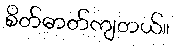
စိတ်ဓာတ်ကျတယ်။